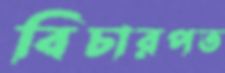
বিচারপত